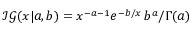
\mathcal { I G } ( x | a , b ) = x ^ { - a - 1 } e ^ { - b / x } \, b ^ { a } / \Gamma ( a )